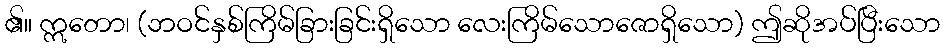
၏။ ဣတော၊ (ဘဝင်နှစ်ကြိမ်ခြားခြင်းရှိသော လေးကြိမ်သောဇောရှိသော) ဤဆိုအပ်ပြီးသော